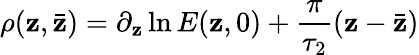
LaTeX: \rho(\mathbf{z},\bar{{\mathbf{z}}})=\partial_{\mathbf{z}}\ln{E(\mathbf{z},0)}+\frac{{\pi}}{{\tau_{2}}}(\mathbf{z}-\bar{{\mathbf{z}}})